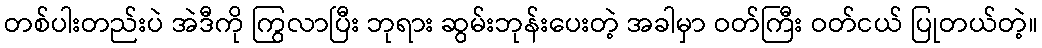
တစ်ပါးတည်းပဲ အဲဒီကို ကြွလာပြီး ဘုရား ဆွမ်းဘုန်းပေးတဲ့ အခါမှာ ဝတ်ကြီး ဝတ်ငယ် ပြုတယ်တဲ့။